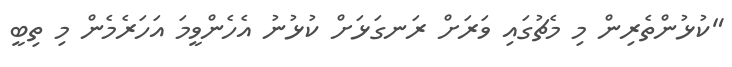
"ކުޅުންތެރިން މި މެޗުގައި ވަރަށް ރަނގަޅަށް ކުޅުނު އެހެންވީމަ އަހަރެމެން މި ތިބީ